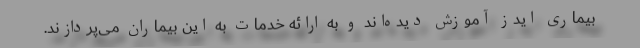
بیماری ایدز آموزش دیده‌اند و به ارائه خدمات به این بیماران می‌پردازند.